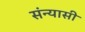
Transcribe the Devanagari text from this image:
संन्‍यासी